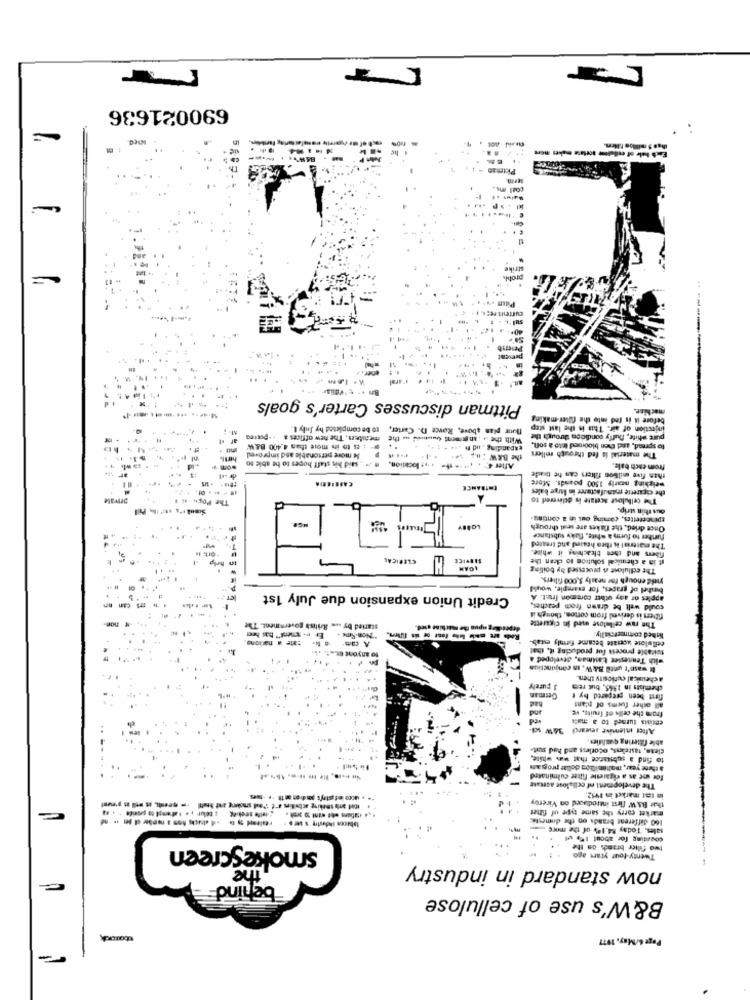
690021636
Fach hale of en
strike
current
Peserib
Pittman discusses Carter's goals
mac Mice.
---------
before it is fed into the filter-making
to be completed by July 1.
floor plan above, Rovce D. Carter,
injection of air. This is the last step
With the .. . an greent Quished aus the meniters. The new offices a . - Pctea
pure white, Duffy condicion through the
:8 to in more than 4.400 B&W
expanding . nd h . .. . 1 4.
to spread, and then bloomed into a soft.
Je more personable and improved
the BAW : H .; 1.
The material it fed through rollers
. said his staff hopes to be able to
.it location.
After & . .. .- **-
from each bale.
weighing nearly 1500 pounds. More
than five million filters can he tiredde
CASEIERIA
ENTRANCE
the cigarette manufacturer in large bales
The Pops
The cellulose acetate is delivered to
DIEALAC
ous thin strip.
toinettettes, coming out in a conting.
Once dried, the flakes are sent through
further to form a white, flaky substance
fibers and then bleaching it white.
The material is thea hesind and treated
CLERICA
#ERVICE
It in a chemical solution to clean the
The edilulose & pruceused by boiling
yield enough for nearly 5,000 fillers.
bashel of grapes, for example, would
Credit Union expansion due July 1st
applet or ady other common fru:t. A
could will be drawn from peaches.
The raw cellulose med in cigarette
fibrers is derived from cotton, though it
started by ... British government. The
cate a naciona
Er v. genend" bas heer
"Non-Sme .
cellulose ucriate became firmly estab-
lished commercially.
to anyone Etal. chi
suitable process for producing it, that
with Tennessee Enamas, developed &
It wasn't until B& W. in conjunction
a chemical curiosity then.
J purely
chemists in 1565, but rem
German
first been prepared by #
and
from the cells of fruits, vg.
all other forms of p'ant
entisis turned to a mas
After iniemive search 34W sc
able filtering qualifies.
clean, tasteless, odorless and had suit-
to find a substance that was white,
a thene year, moltimitton dollar progam
for use as a cigarette filter culminated
The development of cellulose acetate
in tat market in 1952.
that B.A.W first introduced on Viceroy
market carry the same type of fitter
160 different brands on the domestic
sales. Today 84.10% of the miks-
Coming for about 1 w
smokescreen
two filler brand. on the
Twenty-four years ago
now standard in industry
the
behind
B&W's use of cellulose
Page 6/May, 1977